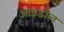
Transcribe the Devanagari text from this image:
आइडोल